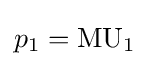
p_{1}={\text{MU}}_{1}